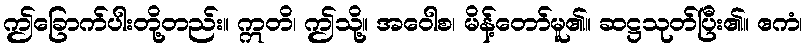
ဤခြောက်ပါးတို့တည်း။ ဣတိ၊ ဤသို့။ အဝေါစ၊ မိန့်တော်မူ၏။ ဆဋ္ဌသုတ်ပြီး၏။ ဧကံ၊